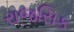
રાજસિક